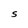
Character: S